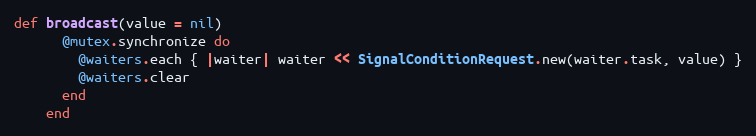
Language: Ruby
def broadcast(value = nil)
      @mutex.synchronize do
        @waiters.each { |waiter| waiter << SignalConditionRequest.new(waiter.task, value) }
        @waiters.clear
      end
    end